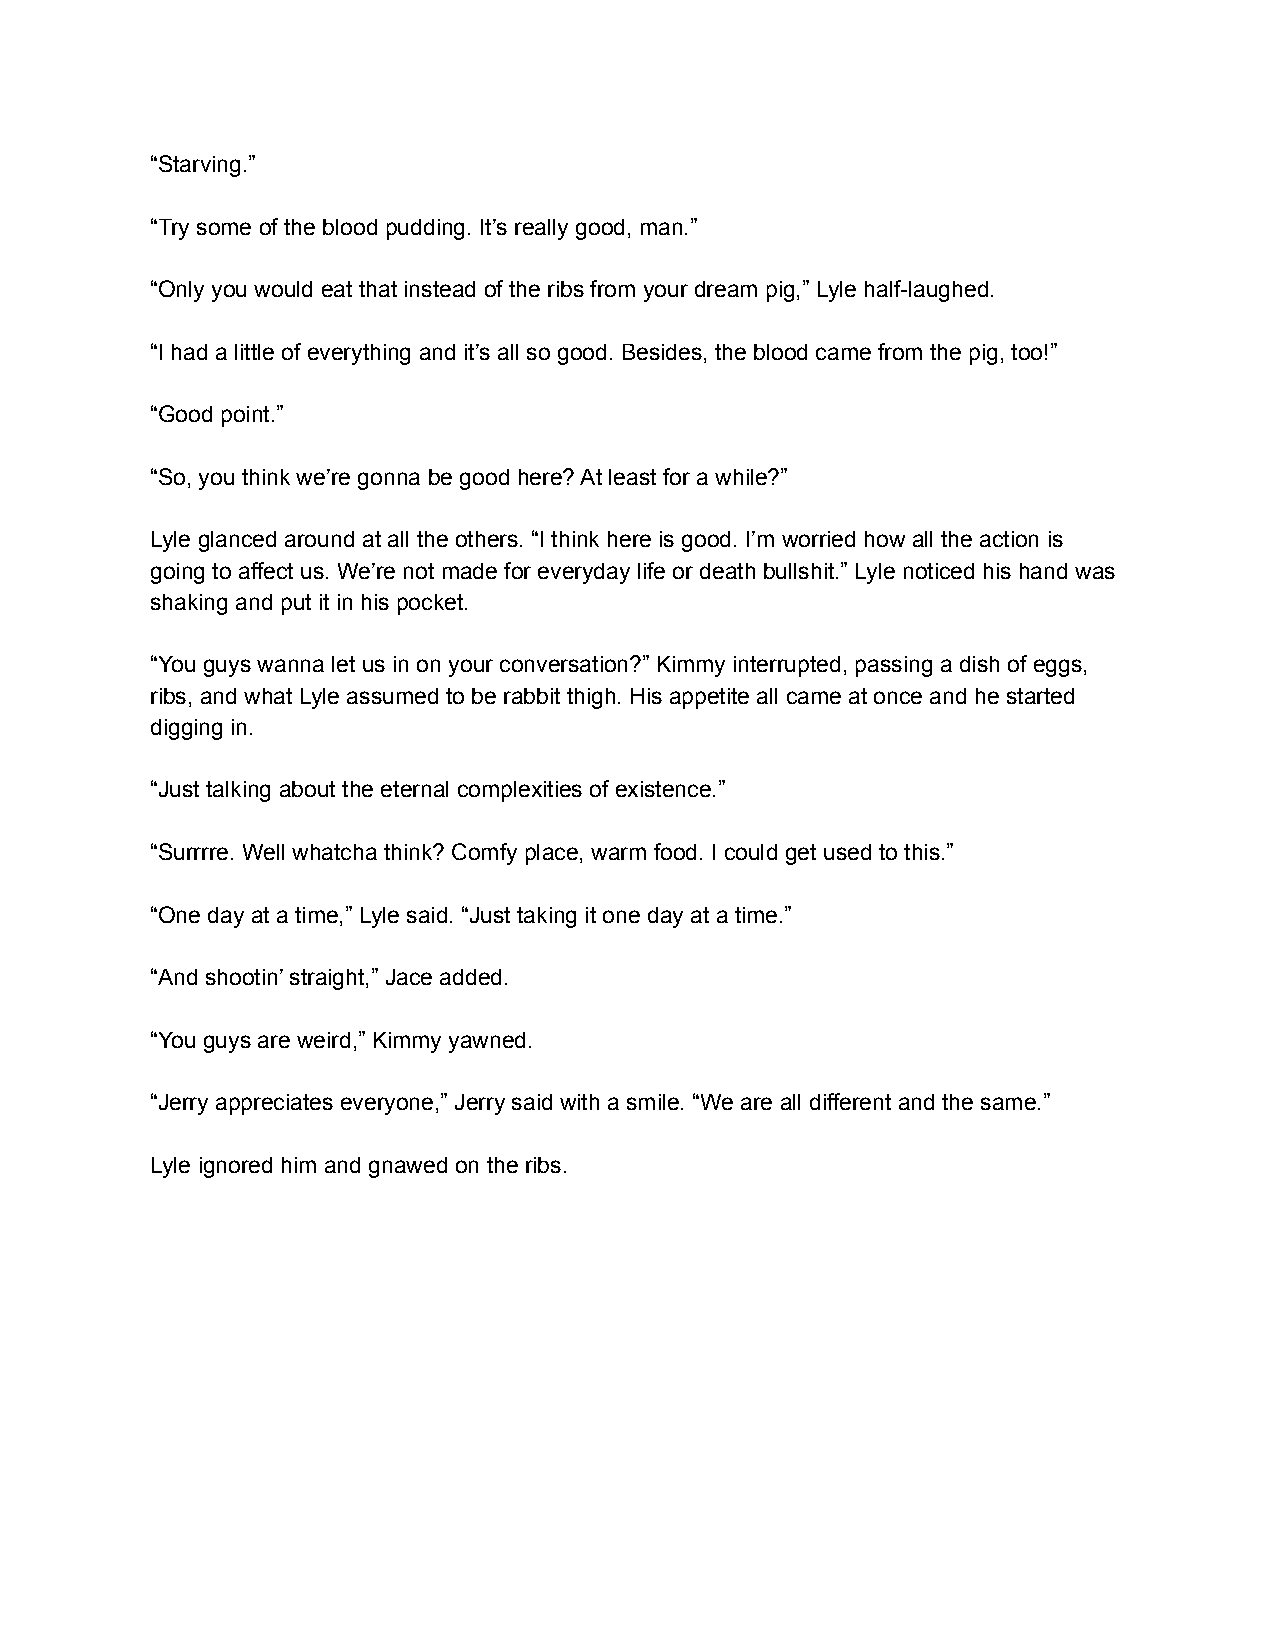
“Starving.”
 “Try some of the blood pudding. It’s really good, man.”
 “Only you would eat that instead of the ribs from your dream pig,” Lyle half-laughed.
 “I had a little of everything and it’s all so good. Besides, the blood came from the pig, too!”
 “Good point.”
 “So, you think we’re gonna be good here? At least for a while?”
 Lyle glanced around at all the others. “I think here is good. I’m worried how all the action is
 going to affect us. We’re not made for everyday life or death bullshit.” Lyle noticed his hand was
 shaking and put it in his pocket.
 “You guys wanna let us in on your conversation?” Kimmy interrupted, passing a dish of eggs,
 ribs, and what Lyle assumed to be rabbit thigh. His appetite all came at once and he started
 digging in.
 “Just talking about the eternal complexities of existence.”
 “Surrrre. Well whatcha think? Comfy place, warm food. I could get used to this.”
 “One day at a time,” Lyle said. “Just taking it one day at a time.”
 “And shootin’ straight,” Jace added.
 “You guys are weird,” Kimmy yawned.
 “Jerry appreciates everyone,” Jerry said with a smile. “We are all different and the same.”
 Lyle ignored him and gnawed on the ribs.